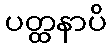
ပတ္ထနာပိ